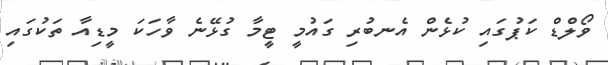
ވޯލްޑް ކަޕުގައި ކުޅެން އެނބުރި ގައުމީ ޓީމާ ގުޅޭނެ ވާހަކަ މީޑިއާ ތަކުގައި